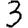
Digit: 3